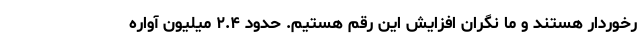
رخوردار هستند و ما نگران افزایش این رقم هستیم. حدود ۲.۴ میلیون آواره